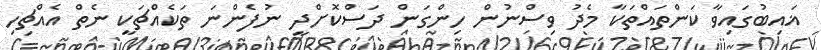
ޣައިބުގައިވާ ކަންތައްތަކާ މެދު ވިސްނުން ހިންގަން ދަސްކޮށްދީ ނުފެންނަ ތަކެއްޗަކީ ނެތް އެއްޗިހި